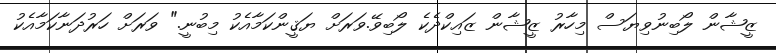
ޒީޝާން ލޯބިނުވިޔަސް މިހާރު ޒީޝާން ޒައިކްދެކެ ލޯބިވޭ.ވަރަށް ޔަޤީންކަމާއެކު މިބުނީ." ވަރަށް ހަރުދަނާކަމާއެކު